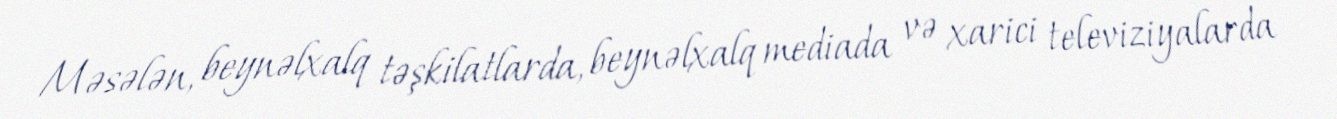
Məsələn, beynəlxalq təşkilatlarda, beynəlxalq mediada və xarici televiziyalarda